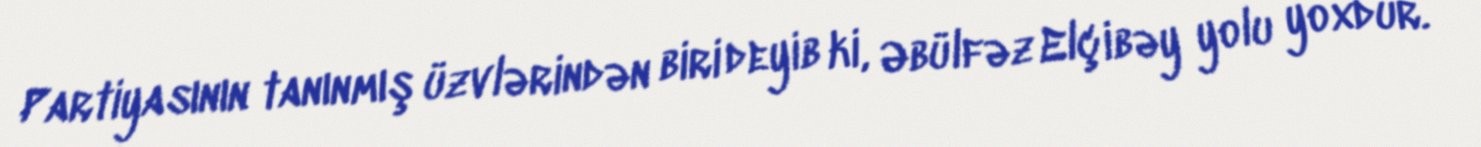
Partiyasının tanınmış üzvlərindən biri deyib ki, Əbülfəz Elçibəy yolu yoxdur.